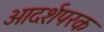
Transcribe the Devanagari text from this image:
आदर्शपरक